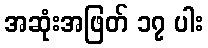
အဆုံးအဖြတ် ၁၇ ပါး